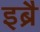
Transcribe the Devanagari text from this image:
इब्रै